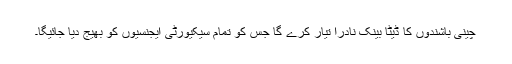
چینی باشندوں کا ڈیٹا بینک نادرا تیار کرے گا جس کو تمام سیکیورٹی ایجنسیوں کو بھیج دیا جائیگا۔